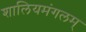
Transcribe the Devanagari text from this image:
शालियमंगलम्‌